Vaccination in Bombay 1869-1873 - 1869-1873
Year: 1869
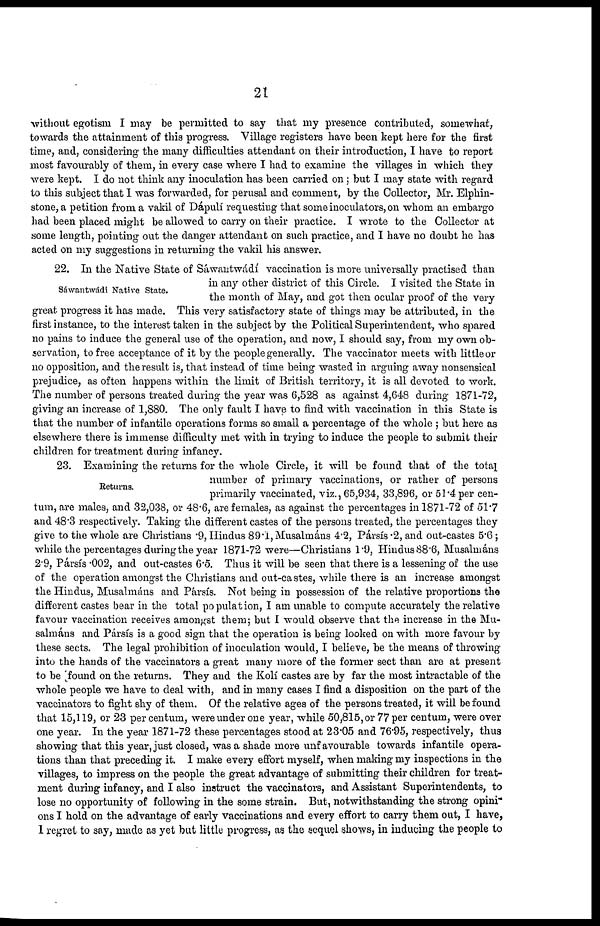
21
without egotism I may be permitted to say that my presence contributed, somewhat,
towards the attainment of this progress. Village registers have been kept here for the first
time, and, considering the many difficulties attendant on their introduction, I have to report
most favourably of them, in every case where I had to examine the villages in which they
were kept. I do not think any inoculation has been carried on ; but I may state with regard
to this subject that I was forwarded, for perusal and comment, by the Collector, Mr. Elphin-
stone, a petition from a vakil of Dápulí requesting that some inoculators,on whom an embargo
had been placed might be allowed to carry on their practice. I wrote to the Collector at
some length, pointing out the danger attendant on such practice, and I have no doubt he has
acted on my suggestions in returning the vakil his answer.
Sáwantwádi Native State.
22. In the Native State of Sáwantwádí vaccination is more universally practised than
in any other district of this Circle. I visited the State in
the month of May, and got then ocular proof of the very
great progress it has made. This very satisfactory state of things may be attributed, in the
first instance, to the interest taken in the subject by the Political Superintendent, who spared
no pains to induce the general use of the operation, and now, I should say, from my own ob-
servation, to free acceptance of it by the people generally. The vaccinator meets with little or
no opposition, and the result is, that instead of time being wasted in arguing away nonsensical
prejudice, as often happens within the limit of British territory, it is all devoted to work.
The number of persons treated during the year was 6,528 as against 4,648 during 1871-72,
giving an increase of 1,880. The only fault I have to find with vaccination in this State is
that the number of infantile operations forms so small a percentage of the whole ; but here as
elsewhere there is immense difficulty met with in trying to induce the people to submit their
children for treatment during infancy.
Returns.
23. Examining the returns for the whole Circle, it will be found that of the total
number of primary vaccinations, or rather of persons
primarily vaccinated, viz., 65,934, 33,896, or 51.4 per cen-
tum, are males, and 32,038, or 48.6, are females, as against the percentages in 1871-72 of 51.7
and 48.3 respectively. Taking the different castes of the persons treated, the percentages they
give to the whole are Christians .9, Hindus 89.1, Musalmáns 4.2, Pársís .2, and out-castes 5.6;
while the percentages during the year 1871-72 were—Christians 1.9, Hindus 88.6, Musalmáns
2.9, Pársís .002, and out-castes 6.5. Thus it will be seen that there is a lessening of the use
of the operation amongst the Christians and out-castes, while there is an increase amongst
the Hindus, Musalmáns and Pársís. Not being in possession of the relative proportions the
different castes bear in the total population, I am unable to compute accurately the relative
favour vaccination receives amongst them; but I would observe that the increase in the Mu-
salmáns and Pársís is a good sign that the operation is being looked on with more favour by
these sects. The legal prohibition of inoculation would, I believe, be the means of throwing
into the hands of the vaccinators a great many more of the former sect than are at present
to be found on the returns. They and the Kolí castes are by far the most intractable of the
whole people we have to deal with, and in many cases I find a disposition on the part of the
vaccinators to fight shy of them. Of the relative ages of the persons treated, it will be found
that 15,119, or 23 per centum, were under one year, while 50,815, or 77 per centum, were over
one year. In the year 1871-72 these percentages stood at 23.05 and 76.95, respectively, thus
showing that this year, just closed, was a shade more unfavourable towards infantile opera-
tions than that preceding it. I make every effort myself, when making my inspections in the
villages, to impress on the people the great advantage of submitting their children for treat-
ment during infancy, and I also instruct the vaccinators, and Assistant Superintendents, to
lose no opportunity of following in the some strain. But, notwithstanding the strong opini-
ons I hold on the advantage of early vaccinations and every effort to carry them out, I have,
I regret to say, made as yet but little progress, as the sequel shows, in inducing the people to